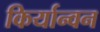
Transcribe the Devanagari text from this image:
किर्यान्वन